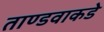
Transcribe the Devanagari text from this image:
ताण्डवाकडे